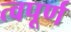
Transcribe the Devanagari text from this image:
त्वपूर्ण